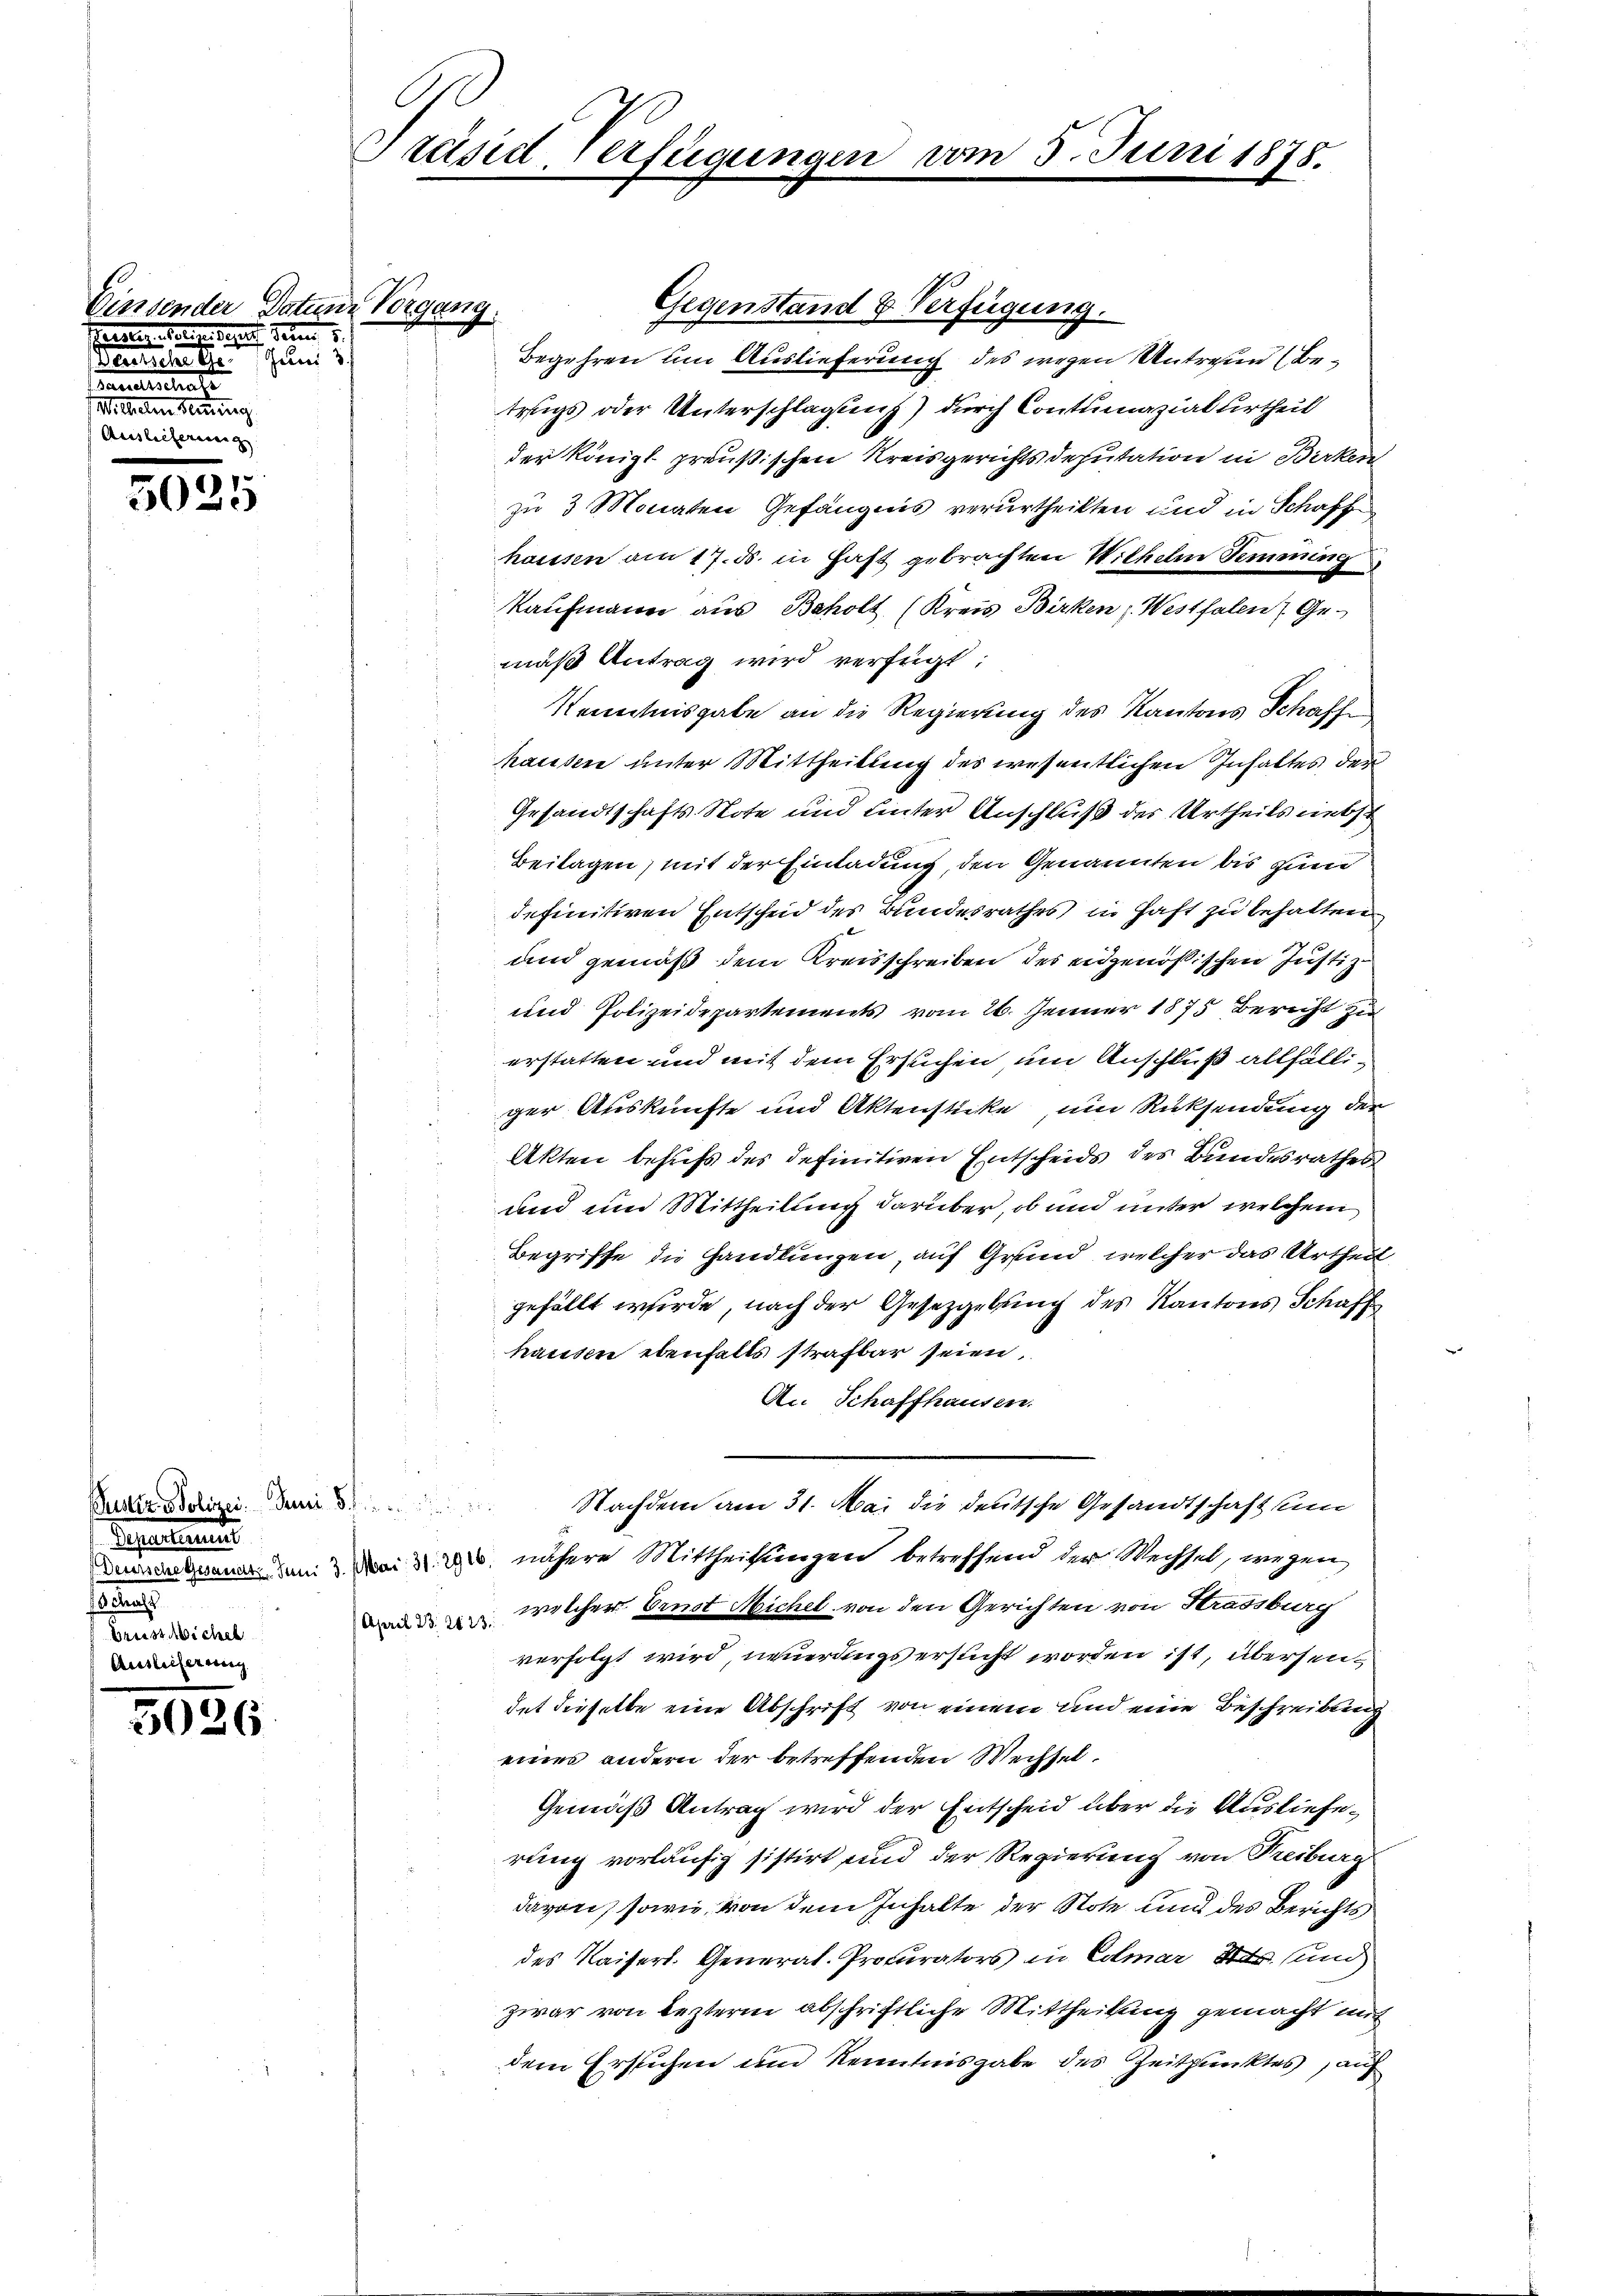
Einssender Datum Vorgang.
einigen Sachen Betref denen
s
anelle einen
Wilhelm Heining.
A

50.

25

Sassations
s
Grussichen
Auslieferung

5026

C
Präsid. Verfügungen

Gegenstand & Verfügung.
Begehren um Auslieferung des wegen Untreue Betrugs oder Unterschlagung) durch Contumazialurtheil
der Königl preußischen Kreisgerichtsdeputation in Birken
zu 3 Monaten Gefängnis verurtheilten und in Schaff
hausen am 17. ds. in Hast gebrachten Wilhelm Semming
Kaufmann aus Beholt (Kreis Birken z. Westfalen Ge-
mäß Antrag wird verfügt:
Kenntnisgabe an die Regierung des Kantons Schaffe
hausen unter Mittheilung des wesentlichen Inhaltes der
Gesandtschafts-Note und hinter Anschluß der Urtheils nebst
Beilagen, mit der Einladung, den Genannten bis zum
definitiven Entscheid des Bundesrathes in Haft zu behalten
und gemäß dem Kreisschreiben des eidgenößischen Justiz¬
und Polizeidepartements vom 26. Jenner 1875 Bericht zu
erstatten und mit dem Ersuchen, um Anschluß allfälliger Auskünfte und Aktenstücke, und Rücksendung der
Akten behufs des definitiven Entscheids des Bundesrathes
und und Mittheilung darüber, ob und unter welchem
Begriffe die Handlungen, auf Grund, welcher das Urtheil
gefällt werde, nach der Gesetzgebung des Kantons Schaff
hausen ebenfalls strafbar seien,
An Schaffhausen.
Man die Dem Nachdem am 31. Mai die deutsche Gesandtschaft sum
Denkmann um Mai d. 2 nähere Mittheilungen betreffend der Wechsel, wegen
welcher Brust Michel von den Gerichten von Strassburg
April 23. 21. 23.
verfolgt wird, neuerungs ersucht worden ist, übersendet dieselbe eine Abschrift von einem und eine Beschreibung
eines andern der betreffenden Wechsel¬
Gemäß Antrag wird der Entscheid über die Auslieferung vorläufig sistirt und der Regierung von Treiburg
davon, sowie von dem Inhalte der Note und des Berichts
des Kaiserl. General-Prokurators in Colmar Str. und
zwar von leztern abschriftliche Mittheilung gemacht mit
dem Ersuchen und Kenntnisgabe des Zeitpunktes, auf

vom 5. Juni 1878.